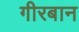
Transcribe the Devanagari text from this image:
गीरबान